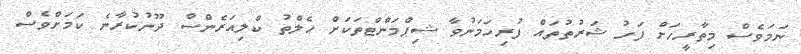
ނަމަވެސް މިތާރީހަށް ފަހު ޝަރުތުތައް ފުރިހަމަނުވާ ޝިޕްމަންޓްތަކަށް ހެލްތު ކްލިއަރެންސް ދޫނުކުރާނެ ކަމަށްވެސް